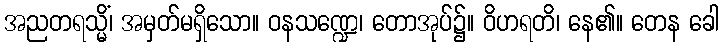
အညတရသ္မိံ၊ အမှတ်မရှိသော။ ဝနသဏ္ဍေ၊ တောအုပ်၌။ ဝိဟရတိ၊ နေ၏။ တေန ခေါ